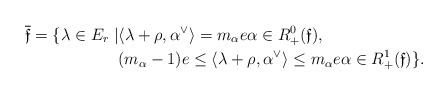
\begin{align*}\overline{\mathfrak{f}} = \{\lambda \in E_r \mid & \langle \lambda + \rho, \alpha^\vee\rangle = m_\alpha e \alpha \in R^0_+(\mathfrak{f}), \\& (m_\alpha-1)e \leq \langle \lambda + \rho, \alpha^\vee\rangle \leq m_\alpha e \alpha \in R^1_+(\mathfrak{f}) \} .\end{align*}